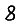
Digit: 8